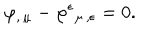
\varphi _ { , \, \mu } - \varphi ^ { \epsilon } { } _ { \mu \, , \epsilon } = 0 .